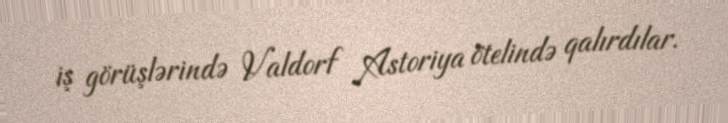
iş görüşlərində Valdorf Astoriya ötelində qalırdılar.